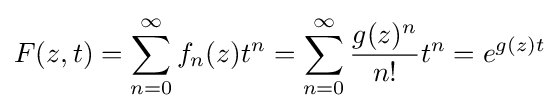
F(z,t)=\sum _{n=0}^{\infty }f_{n}(z)t^{n}=\sum _{n=0}^{\infty }{\frac {g(z)^{n}}{n!}}t^{n}=e^{g(z)t}